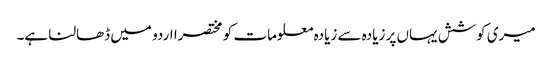
میری کوشش یہاں پر زیادہ سے زیادہ معلومات کو مختصرا اردو میں ڈھالنا ہے۔